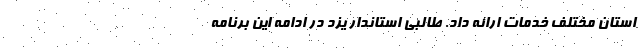
استان مختلف خدمات ارائه داد. طالبی استاندار یزد در ادامه این برنامه